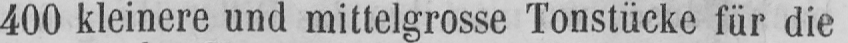
400 kleinere und mittelgrosse Tonstücke für die